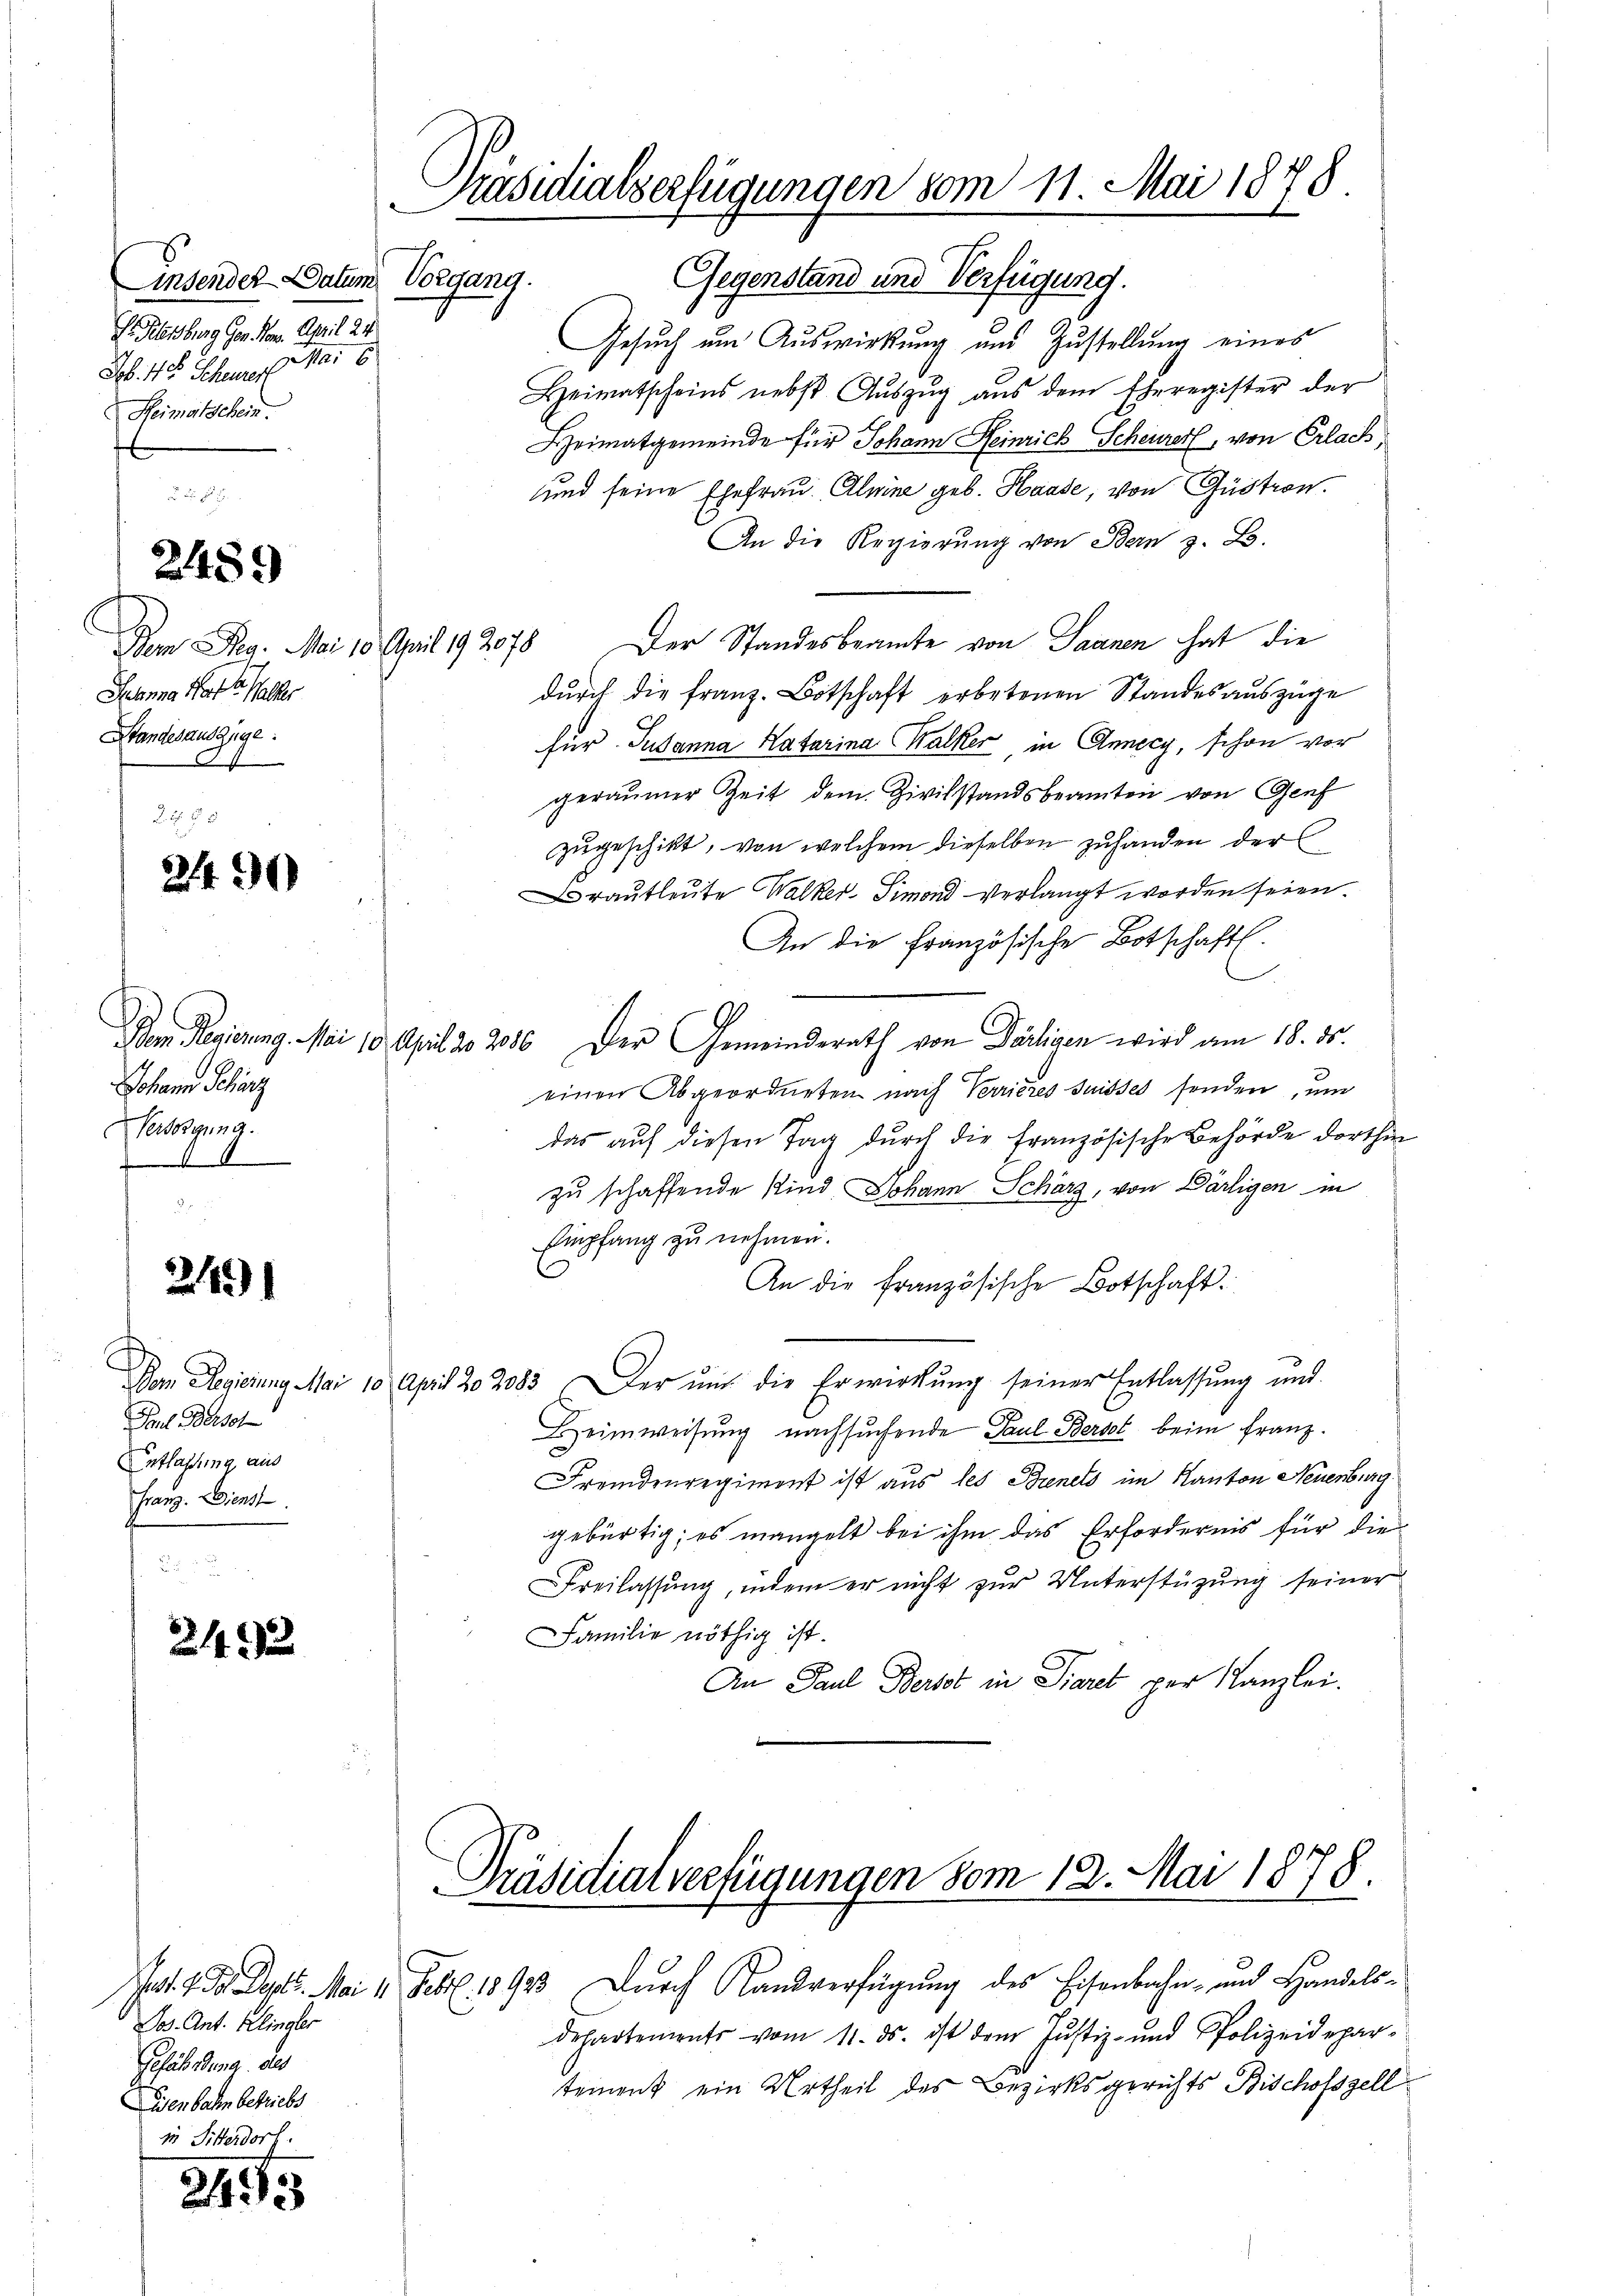
Einsendes Datum Vorgang.
Dr. Helenburg gen Mon. April 24.
Jb. 48 Scheurer Mai 18
Heimatschein.

2489

Dem Pag. Mai 18. April 192078
Jeanna Hatt Walter
Standesauszige

2490

Johann Schörz
Versorgung.
.

2141

Paul Besch
EEntlassung aus
Franz. Dienst

2492

24.3

Präsidialverfügungen vom 11. Mai 1878

Jos. Ant. Klinger
Gefährdung des
enbahn betriebs
1n Sitterdorf.

Gegenstand und Verfügung.
Gesuch um Auswirkung und Zustellung eines
Heimatscheins nebst Auszug aus dem Eheregister der
Heimatgemeinde für Johann Heinrich Scheurer, von Erlach
und seine Ehefrau Almine geb. Haase, von Gastron.
An die Regierung von Bern z. B.
Der Standesbeamte von Saanen hat die
dŭrch die franz-Botschaft erbetenen Standesauszüge
Für Susanna Katarina Kalker, in Annecy, schon vor
geräumer Zeit dem Zivilstandsbeamten von Genf
zugeschikt, von welchem dieselben zuhanden der
Brautleute Walker Simond verlangt worden seien.
An die Französische Botschaft.
Dem Regierung. Mai 10. April d. 2086. Der Gemeinderath von Därligen wird am 18. ds.
einen Abgeordneten nach Verrieres Suisses senden, um
das auf diesen Tag durch die französische Behörde dorthin
zu schaffende Kind Johann Schärz, von Därtigen in
Empfang zu nehmen.
An die französische Botschaft.
Dam Regierung Mai 18 April 202083. Der und die Erwirkung seiner Entlassung und
Heimweisung nachsuchende Paul Berst beim Franz.
Fremdenregiment ist aus les Bienets im Kanton Neuenburg
gebürtig; es mangelt bei ihm das Erfordernis für die
Freilassung, indem er nicht zur Unterstüzung seiner
Familie nöthig ist.
An Paul Berst in Piares per Kanzlei.

Präsidialverfügungen vom 12. Mai 1878.

Ja. a. a. Sept. Mai 1. Febr. 18973 Durch Sandverfügung des Eisenbahn- und Handelsdepartements vom 11. ds. ist dem Justiz- und Polizeideparteinent ein Urtheil des Bezirksgerichts Bischofszell